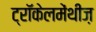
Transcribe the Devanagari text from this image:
ट्रॉकेलमेंथीज़